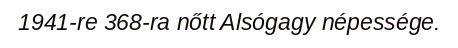
1941-re 368-ra nőtt Alsógagy népessége.